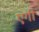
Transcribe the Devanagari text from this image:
एगी